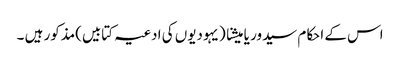
اس کے احکام سیدور یا میشنا (یہودیوں کی ادعیہ کتابیں)مذکور ہیں ۔